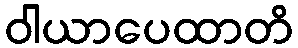
ဝါယာပေထာတိ